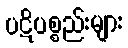
ပဋိပစ္စည်းများ